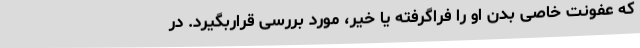
که عفونت خاصی بدن او را فراگرفته یا خیر، مورد بررسی قراربگیرد. در